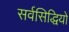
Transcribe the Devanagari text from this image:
सर्वसिद्धियों